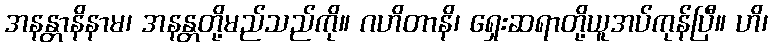
အနန္တာနိနာမ၊ အနန္တတို့မည်သည်ကို။ ဂဟိတာနိ၊ ရှေးဆရာတို့ယူအပ်ကုန်ပြီ။ ဟိ၊